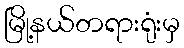
မြို့နယ်တရားရုံးမှ